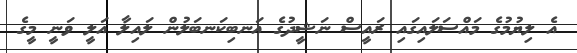
އެ ލިޔުމުގެ މައްސަލައިގައި ރައީސް ނަޝީދުގެ އަނބިކަނބަލުން ލައިލާ އަލީ ވަނީ މީގެ